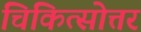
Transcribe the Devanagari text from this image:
चिकित्सोत्तर